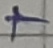
Text: +